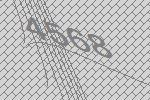
4568